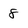
Character: 8